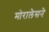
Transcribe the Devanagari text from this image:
मोरालेसने